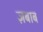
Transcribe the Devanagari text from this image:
ज़बाब